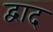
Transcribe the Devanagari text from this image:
द्वाद